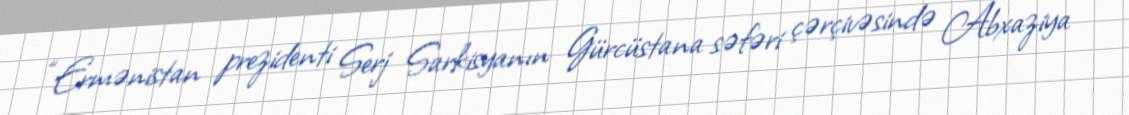
“Ermənistan prezidenti Serj Sarkisyanın Gürcüstana səfəri çərçivəsində Abxaziya